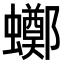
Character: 𧓸